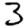
Digit: 3